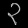
Digit: ၃